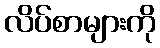
လိပ်စာများကို